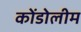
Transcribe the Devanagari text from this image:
कोंडोलीम